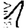
Digit: 1